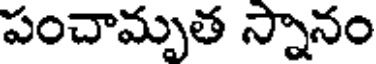
పంచామృత స్నానం